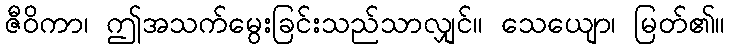
ဇီဝိကာ၊ ဤအသက်မွေးခြင်းသည်သာလျှင်။ သေယျော၊ မြတ်၏။